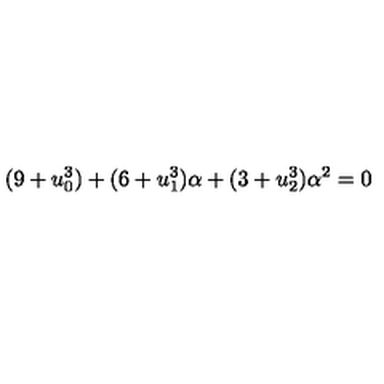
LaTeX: ( 9 + u _ { 0 } ^ { 3 } ) + ( 6 + u _ { 1 } ^ { 3 } ) \alpha + ( 3 + u _ { 2 } ^ { 3 } ) \alpha ^ { 2 } = 0